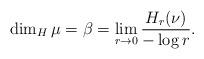
LaTeX: \begin{align*}\dim_H \mu = \beta = \lim_{r\to 0} \frac{H_r(\nu)}{-\log r}.\end{align*}